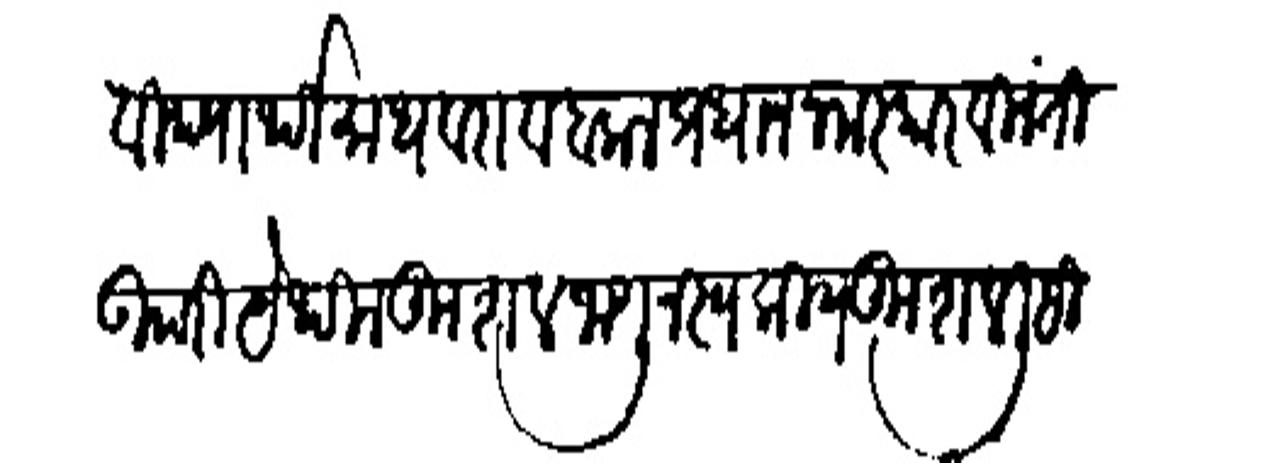
Transliteration (Devanagari): विद्यार्थी माधवराव बलाल प्रधान नमस्कार विनंती उपरि येथील कुशल जाणून स्वकीय कुशल लिहित